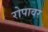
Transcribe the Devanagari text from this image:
रोपावर